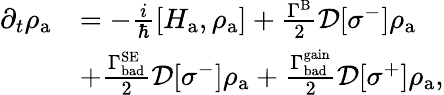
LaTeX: \begin{array}{rl}{\partial_{t}\rho_{\mathrm{a}}}&{=-\frac{i}{\hbar}[H_{\mathrm{a}},\rho_{\mathrm{a}}]+\frac{\Gamma^{\mathrm{B}}}{2}\mathcal{D}[\sigma^{-}]\rho_{\mathrm{a}}}\\ &{+\frac{\Gamma_{\mathrm{bad}}^{\mathrm{SE}}}{2}\mathcal{D}[\sigma^{-}]\rho_{\mathrm{a}}+\frac{\Gamma_{\mathrm{bad}}^{\mathrm{gain}}}{2}\mathcal{D}[\sigma^{+}]\rho_{\mathrm{a}},}\end{array}